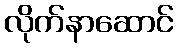
လိုက်နာဆောင်